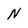
Character: N